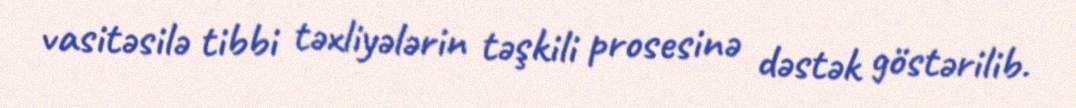
vasitəsilə tibbi təxliyələrin təşkili prosesinə dəstək göstərilib.